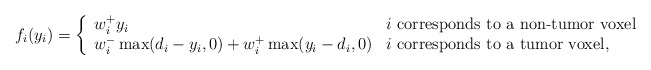
\begin{align*}f_i(y_i) = \left\{ \begin{array}{ll}w_i^+ y_i & \mbox{$i$ corresponds to a non-tumor voxel}\\w_i^- \max (d_i-y_i,0)+w_i^+ \max (y_i-d_i,0)& \mbox{$i$ corresponds to a tumor voxel},\end{array}\right.\end{align*}